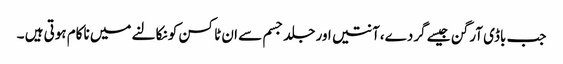
جب باڈی آرگن جیسے گردے،آنتیں اور جلد جسم سے ان ٹاکسن کو نکالنے میں ناکام ہوتی ہیں ۔